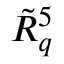
\tilde { R } _ { { q } } ^ { 5 }